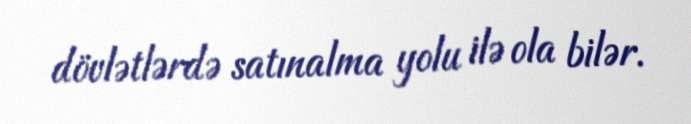
dövlətlərdə satınalma yolu ilə ola bilər.